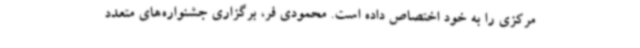
مرکزی را به خود اختصاص داده است. محمودی فر، برگزاری جشنواره‌های متعدد